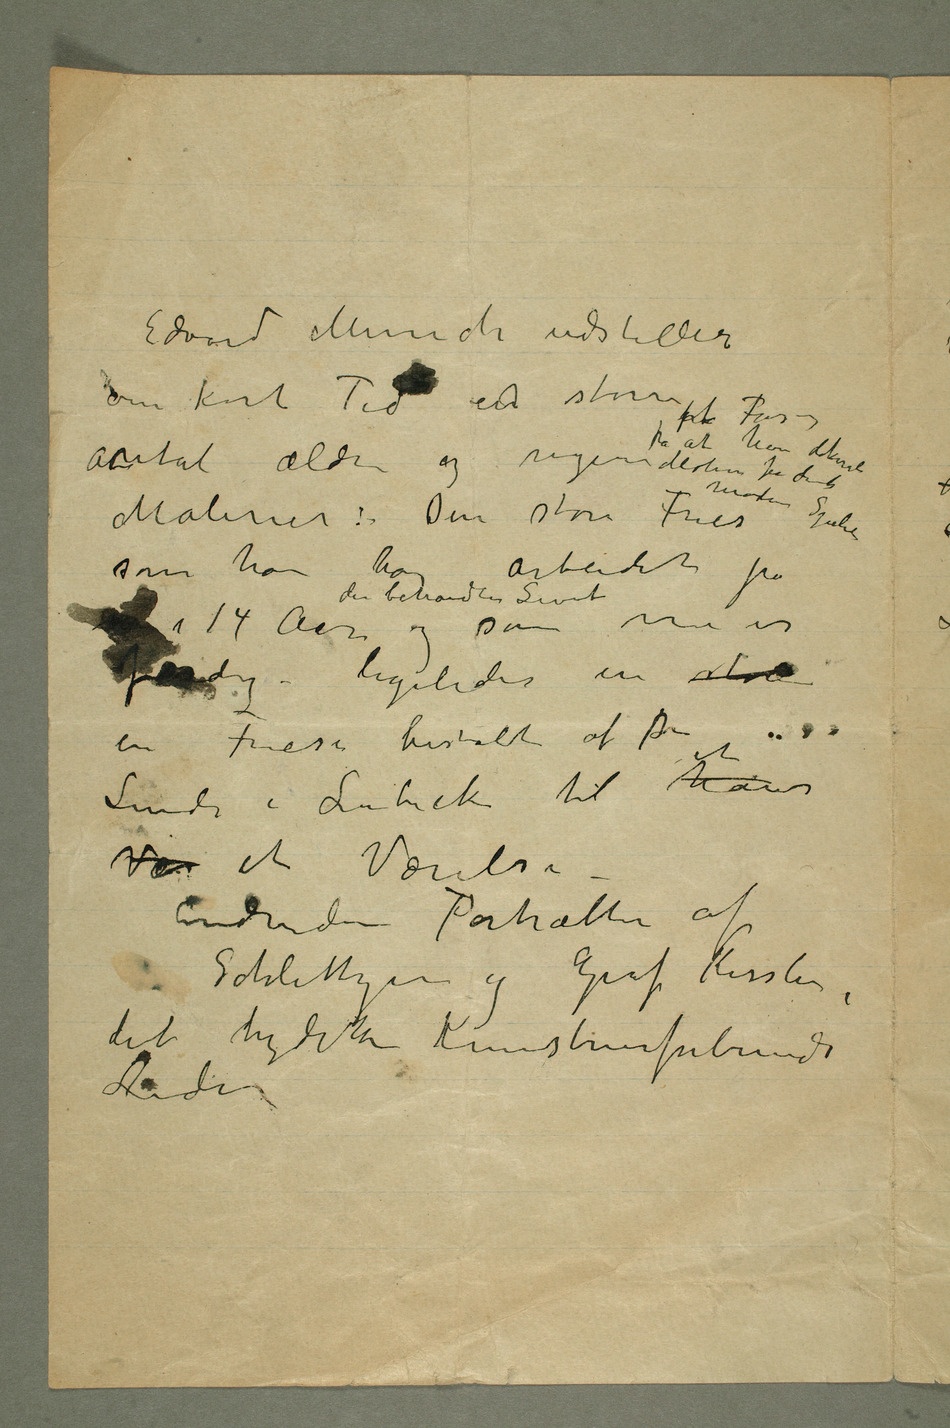
Edvard Munch udstiller
om kort Tid ent større antal ældre og
som han har arbeidet på i
14 Aar der behandler Livet og som nu er
færdig – ligeledes en stor
Linde i Lübeck til et hans
Vær et Værelse –
Endvidere Portrætter af
Schlittgen og Graf Kessler,
det tydske Kunstnerforbunds